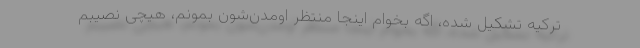
ترکیه تشکیل شده، اگه بخوام اینجا منتظر اومدن‌شون بمونم، هیچی نصیبم